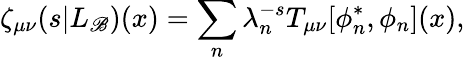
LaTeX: \zeta_{\mu\nu}(s|L_{\mathscr{B}})(x)=\sum_{n}\lambda_{n}^{-s}T_{\mu\nu}[\phi_{n}^{*},\phi_{n}](x),